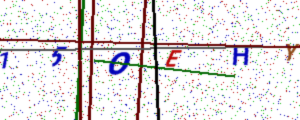
Text: 15OEHY